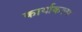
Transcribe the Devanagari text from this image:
कार्याकल्प